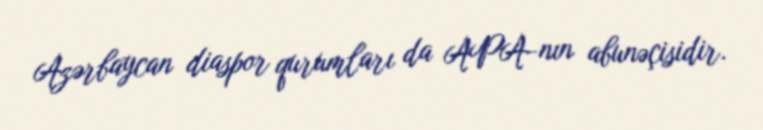
Azərbaycan diaspor qurumları da APA-nın abunəçisidir.